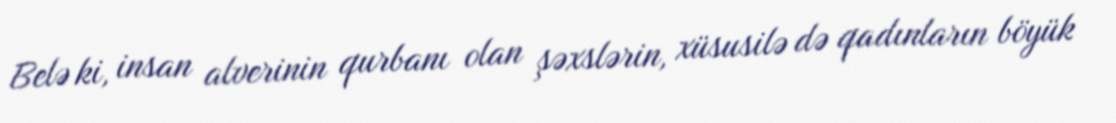
Belə ki, insan alverinin qurbanı olan şəxslərin, xüsusilə də qadınların böyük